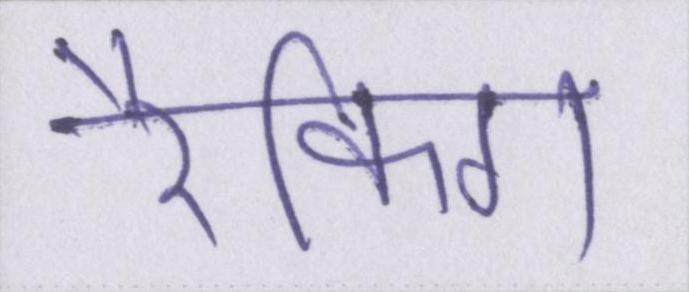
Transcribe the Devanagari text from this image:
रैंकिग